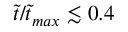
\tilde { t } / \tilde { t } _ { m a x } \lesssim 0 . 4